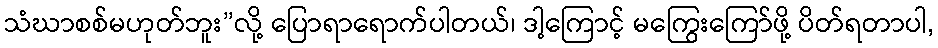
သံဃာစစ်မဟုတ်ဘူး”လို့ ပြောရာရောက်ပါတယ်၊ ဒါ့ကြောင့် မကြွေးကြော်ဖို့ ပိတ်ရတာပါ,